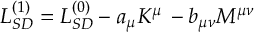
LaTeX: { \cal L } _ { S D } ^ { ( 1 ) } = { \cal L } _ { S D } ^ { ( 0 ) } - a _ { \mu } K ^ { \mu } \, - b _ { \mu \nu } M ^ { \mu \nu }